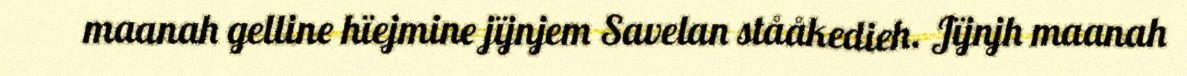
maanah gelline hïejmine jïjnjem Savelan stååkedieh. Jïjnjh maanah